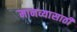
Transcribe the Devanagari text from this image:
मानव्यासाठी